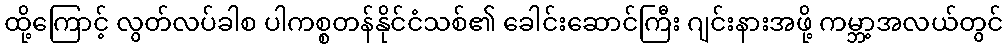
ထို့ကြောင့် လွတ်လပ်ခါစ ပါကစ္စတန်နိုင်ငံသစ်၏ ခေါင်းဆောင်ကြီး ဂျင်းနားအဖို့ ကမ္ဘာ့အလယ်တွင်